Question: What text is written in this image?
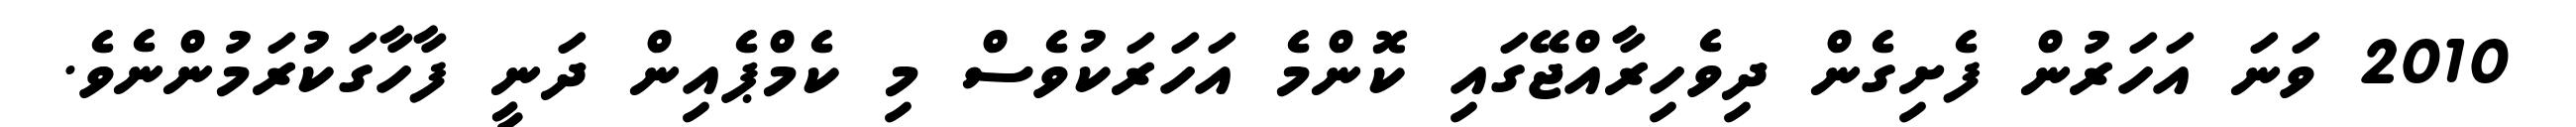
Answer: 2010 ވަނަ އަހަރުން ފެށިގެން ދިވެހިރާއްޖޭގައި ކޮންމެ އަހަރަކުވެސް މި ކެމްޕެއިން ދަނީ ފާހާގަކުރަމުންނެވެ.